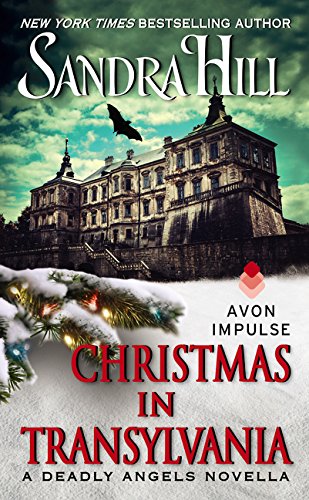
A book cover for Christmas in Transylvania: A Deadly Angels Novella; Sandra Hill; Romance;